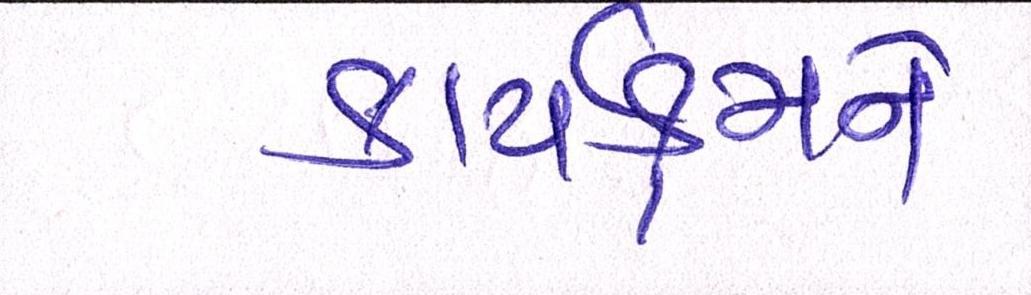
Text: કાર્યક્રમને